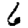
Digit: 6